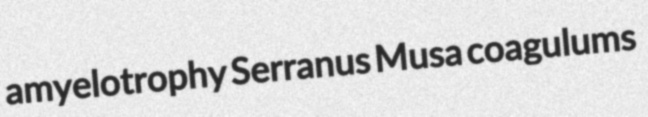
amyelotrophy Serranus Musa coagulums